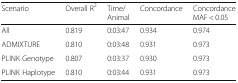
| Scenario | Overall R2 | Time/Animal | Concordance | Concordance MAF < 0.05 |
 | --- | --- | --- | --- | --- |
 | All | 0.819 | 0:03:47 | 0.934 | 0.974 |
 | ADMIXTURE | 0.810 | 0:03:48 | 0.931 | 0.973 |
 | PLINK Genotype | 0.807 | 0:03:37 | 0.930 | 0.973 |
 | PLINK Haplotype | 0.810 | 0:03:44 | 0.931 | 0.973 |